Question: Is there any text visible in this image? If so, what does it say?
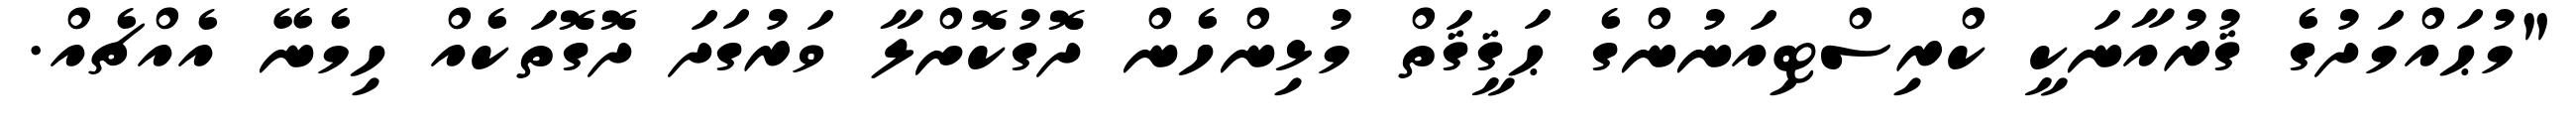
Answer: "މުޙައްމަދުގެ ޤުރުއާނަކީ ކްރިސްޓިއަނުންގެ ޙަޤީޤަތް މުޅިންހެން ދޮގުކޮށްލާ ވަރުގަދަ ދޮގޮތަކެއް ހިމެނޭ އެއްޗެއް.